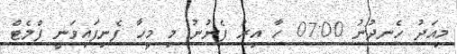
މިއަދު ހެނދުނު 07:00 ހާ އިރު ފެނުނު މި މީހާ ފެނިފައިވަނީ ފްލެޓް